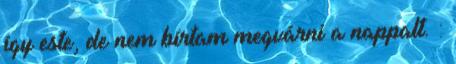
így este, de nem bírtam megvárni a nappalt. :